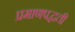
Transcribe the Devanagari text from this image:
प्रमाणपद्धती